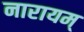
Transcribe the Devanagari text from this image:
नारायम्